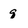
Character: q